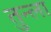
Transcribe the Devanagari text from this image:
तुन्ला